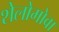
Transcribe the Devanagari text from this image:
शेलोमोवा